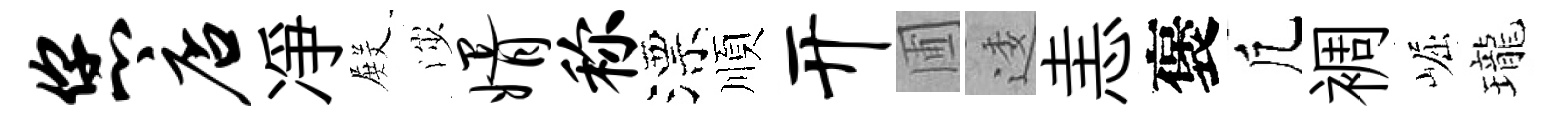
您店凈𭮺渉婿称漂順开圃逶恚褒凢裯崛瓏